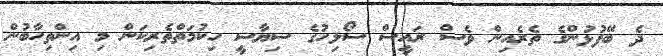
ދެ ބޭފުޅުންގެ ތެރެއިން ވެސް ރައީސް ސޯލިހުގެ ސިޔާސީ ހިކުމަތްތެރިކަން މި އިންތިހާބުން